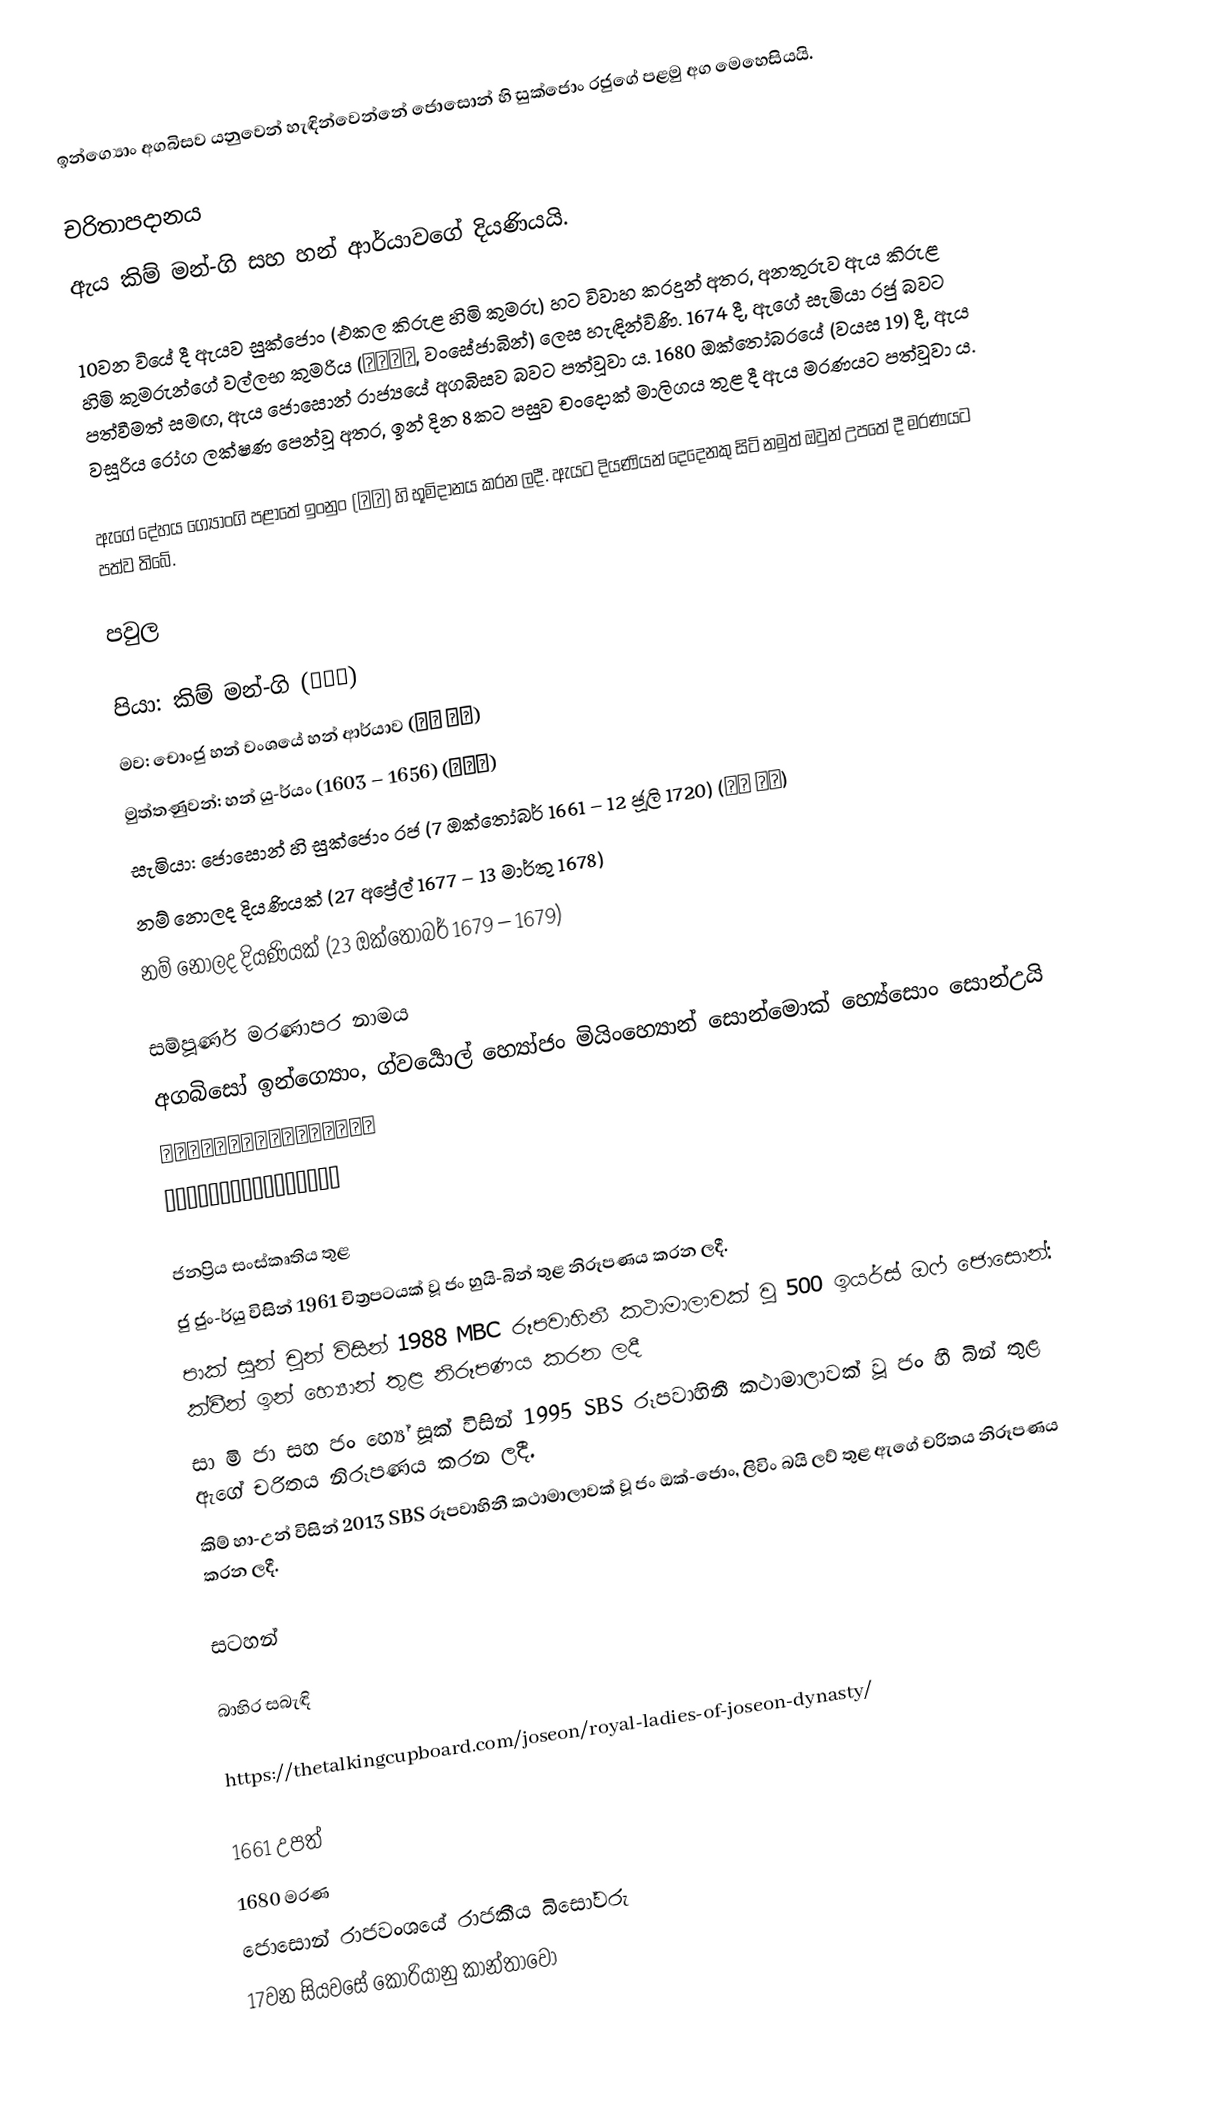
ඉන්ග්‍යොං අගබිසව යනුවෙන් හැඳින්වෙන්නේ ජොසොන් හි සුක්ජොං රජුගේ පළමු අග මෙහෙසියයි.

චරිතාපදානය
ඇය කිම් මන්-ගි සහ හන් ආර්යාවගේ දියණියයි.

10වන වියේ දී ඇයව සුක්ජොං (එකල කිරුළ හිමි කුමරු) හට විවාහ කරදුන් අතර, අනතුරුව ඇය කිරුළ හිමි කුමරුන්ගේ වල්ලභ කුමරිය (왕세자빈, වංසේජාබින්) ලෙස හැඳින්විණි. 1674 දී, ඇගේ සැමියා රජු බවට පත්වීමත් සමඟ, ඇය ජොසොන් රාජ්‍යයේ අගබිසව බවට පත්වූවා ය. 1680 ඔක්තෝබරයේ (වයස 19) දී, ඇය වසූරිය රෝග ලක්ෂණ පෙන්වූ අතර, ඉන් දින 8කට පසුව චංදොක් මාලිගය තුළ දී ඇය මරණයට පත්වූවා ය.

ඇගේ දේහය ග්‍යොංගි පළාතේ ඉංනුං (익릉) හි භූමිදානය කරන ලදී. ඇයට දියණියන් දෙදෙනකු සිටි නමුත් ඔවුන් උපතේ දී මරණයට පත්ව තිබේ.

පවුල

පියා: කිම් මන්-ගි (김만기)
මව: චොංජු හන් වංශයේ හන් ආර්යාව (청주 한씨)
මුත්තණුවන්: හන් ‍යු-ර්යං (1603 – 1656) (한유량)
සැමියා: ජොසොන් හි සුක්ජොං රජ (7 ඔක්තෝබර් 1661 – 12 ජූලි 1720) (조선 숙종)
නම් නොලද දියණියක් (27 අප්‍රේල් 1677 – 13 මාර්තු 1678)
නම් නොලද දියණියක් (23 ඔක්තෝබර් 1679 – 1679)

සම්පූර්ණ මරණාපර නාමය
අගබිසෝ ඉන්ග්‍යොං, ග්වර්‍යොල් හ්‍යෝජං මියිංහ්‍යොන් සොන්මොක් හ්‍යේසොං සොන්උයි
광렬효장명현선목혜성순의인경왕후
 光烈孝莊明顯宣穆惠聖純懿仁敬王后

ජනප්‍රිය සංස්කෘතිය තුළ
ජු ජුං-ර්යු විසින් 1961 චිත්‍රපටයක් වූ ජං හුයි-බින් තුළ නිරූපණය කරන ලදී.
පාක් සූන් චුන් විසින් 1988 MBC රූපවාහිනී කථාමාලාවක් වූ 500 ඉයර්ස් ඔෆ් ජොසොන්: ක්වීන් ඉන් හ්‍යොන් තුළ නිරූපණය කරන ලදී
සා මි ජා සහ ජං හ්‍යේ සූක් විසින් 1995 SBS රූපවාහිනී කථාමාලාවක් වූ ජං හී බින් තුළ ඇගේ චරිතය නිරූපණය කරන ලදී.
කිම් හා-උන් විසින් 2013 SBS රූපවාහිනී කථාමාලාවක් වූ ජං ඔක්-ජොං, ලිවිං බයි ලව් තුළ ඇගේ චරිතය නිරූපණය කරන ලදී.

සටහන්

බාහිර සබැඳි

https://thetalkingcupboard.com/joseon/royal-ladies-of-joseon-dynasty/

1661 උපත්
1680 මරණ
ජොසොන් රාජවංශයේ රාජකීය බිසෝවරු
17වන සියවසේ කොරියානු කාන්තාවෝ